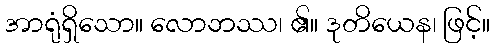
အာရုံရှိသော။ လောဘဿ၊ ၏။ ဒုတိယေန၊ ဖြင့်။